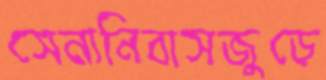
সেনানিবাসজুড়ে